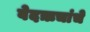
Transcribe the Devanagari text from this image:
वेदऋचांचे